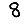
Digit: 8